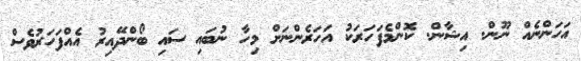
އަހަންނެއް ނޫން. އިޝާން. ކޮންމެފަހަރަކު އަހަރެންނަށް މިހާ ނުބައި ސައި ބޯންދޭއިރު އެއްފަހަރުވެސް